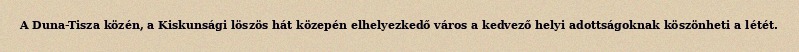
A Duna-Tisza közén, a Kiskunsági löszös hát közepén elhelyezkedő város a kedvező helyi adottságoknak köszönheti a létét.